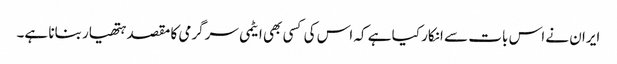
ایران نے اس بات سے انکار کیا ہے کہ اس کی کسی بھی ایٹمی سرگرمی کا مقصد ہتھیار بنانا ہے۔